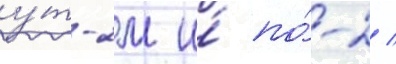
у́т-2м и́ по́-2 /